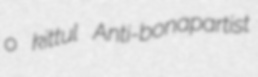
o kittul Anti-bonapartist